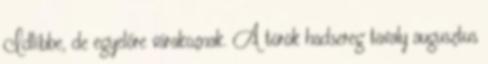
Idlíbbe, de egyelőre várakoznak. A török hadsereg tavaly augusztus